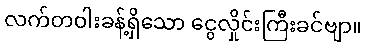
လက်တဝါးခန့်ရှိသော ငွေလှိုင်းကြီးခင်ဗျာ။